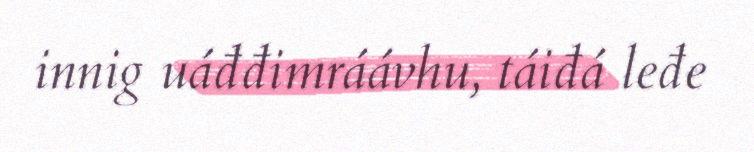
innig uáđđimráávhu, táiđá leđe